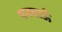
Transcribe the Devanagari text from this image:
पनचाऊँ